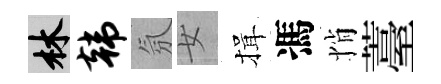
林韩氛女揖馮悄薹